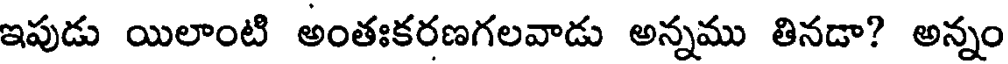
ఇపుడు యిలాంటి అంతఃకరణగలవాడు అన్నము తినడా? అన్నం